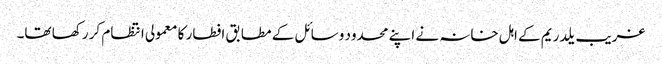
غریب یلدریم کے اہل خانہ نے اپنے محدود وسائل کے مطابق افطار کا معمولی انتظام کر رکھا تھا۔